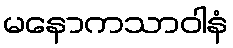
မနောကသာဝါနံ